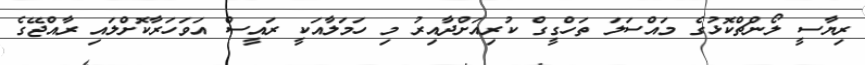
ރިޔާސީ ލޯންޗްކޮޅުގެ މައްސަލަ ތަހްގީގް ކުރިއަށްދާއިރު މި ހަމަލާއަކީ ރައީސް އަވަހަރާކޮށްލައި ރާއްޖޭގެ